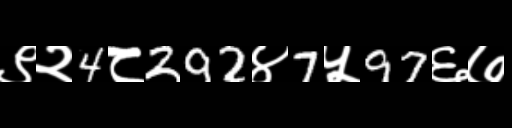
Text: ९२4८292४7५97६७